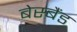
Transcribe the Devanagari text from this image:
बेस्बैंड